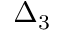
\Delta _ { 3 }